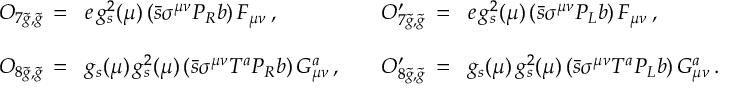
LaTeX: \begin{array} { l l l l } { { { \cal O } _ { 7 \tilde { g } , \tilde { g } } \, = } } & { { \! e \, g _ { s } ^ { 2 } ( \mu ) \, ( \bar { s } \sigma ^ { \mu \nu } P _ { R } b ) \, F _ { \mu \nu } \, , } } & { { \quad { \cal O } _ { 7 \tilde { g } , \tilde { g } } ^ { \prime } \, = } } & { { \! e \, g _ { s } ^ { 2 } ( \mu ) \, ( \bar { s } \sigma ^ { \mu \nu } P _ { L } b ) \, F _ { \mu \nu } \, , } } \\ { { } } & { { } } \\ { { { \cal O } _ { 8 \tilde { g } , \tilde { g } } \, = } } & { { \! g _ { s } ( \mu ) \, g _ { s } ^ { 2 } ( \mu ) \, ( \bar { s } \sigma ^ { \mu \nu } T ^ { a } P _ { R } b ) \, G _ { \mu \nu } ^ { a } \, , } } & { { \quad { \cal O } _ { 8 \tilde { g } , \tilde { g } } ^ { \prime } \, = } } & { { \! g _ { s } ( \mu ) \, g _ { s } ^ { 2 } ( \mu ) \, ( \bar { s } \sigma ^ { \mu \nu } T ^ { a } P _ { L } b ) \, G _ { \mu \nu } ^ { a } \, . } } \end{array}